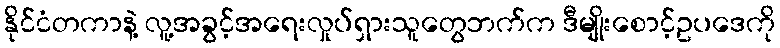
နိုင်ငံတကာနဲ့ လူ့အခွင့်အရေးလှုပ်ရှားသူတွေဘက်က ဒီမျိုးစောင့်ဥပဒေကို